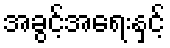
အခွင့်အရေးနှင့်